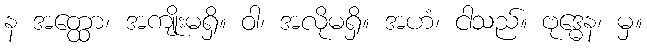
န အတ္ထော၊ အကျိုးမရှိ။ ဝါ၊ အလိုမရှိ။ အဟံ၊ ငါသည်။ ဗုဒ္ဓေန၊ မှ။